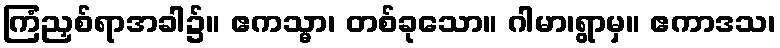
ကြံညှစ်ရာအခါ၌။ ဧကသ္မာ၊ တစ်ခုသော။ ဂါမာ၊ရွာမှ။ ဧကာဒသ၊